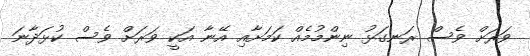
ވަރަށް ވެސް ރަނގަޅު ނިންމުމެއް ކަމަށާއި އޭނާ އަކީ ވަރަށް ވެސް ކުޅަދާނަ